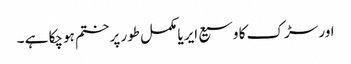
اور سڑک کا وسیع ایریا مکمل طور پر ختم ہوچکا ہے ۔